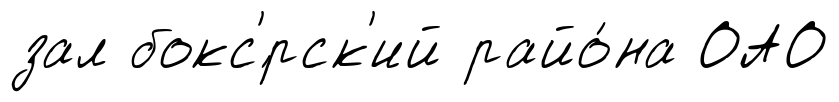
зал бокс'́рск'ий райо́на ОАО